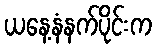
ယနေ့နံနက်ပိုင်းက